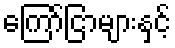
ကြော်ငြာများနှင့်